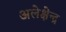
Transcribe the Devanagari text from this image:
अलेक्षेन्द्र